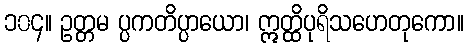
၁၀၄။ ဥတ္တမ ပ္ပကတိပ္ပာယော၊ ဣတ္ထိပုရိသဟေတုကော။